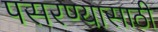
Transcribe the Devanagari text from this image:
पसरण्यासाठी